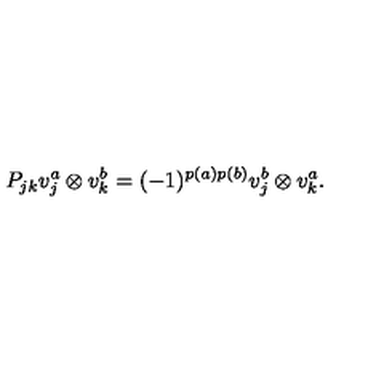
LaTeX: P _ { j k } v _ { j } ^ { a } \otimes v _ { k } ^ { b } = ( - 1 ) ^ { p ( a ) p ( b ) } v _ { j } ^ { b } \otimes v _ { k } ^ { a } .